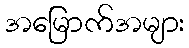
အမြောက်အများ